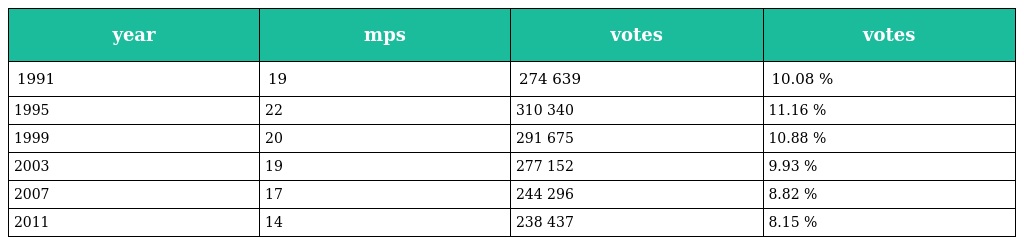
| year | mps | votes | votes |
 | --- | --- | --- | --- |
 | 1991 | 19 | 274 639 | 10.08 % |
 | 1995 | 22 | 310 340 | 11.16 % |
 | 1999 | 20 | 291 675 | 10.88 % |
 | 2003 | 19 | 277 152 | 9.93 % |
 | 2007 | 17 | 244 296 | 8.82 % |
 | 2011 | 14 | 238 437 | 8.15 % |